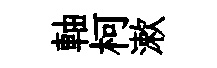
軸柯漱